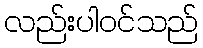
လည်းပါဝင်သည်